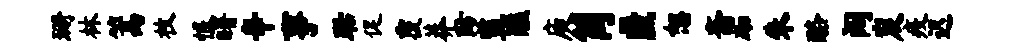
珊林篙枚恨曙辛事聒促覆莽防监醮庾筒匿恕斋砌朱酪阔炭疫迟